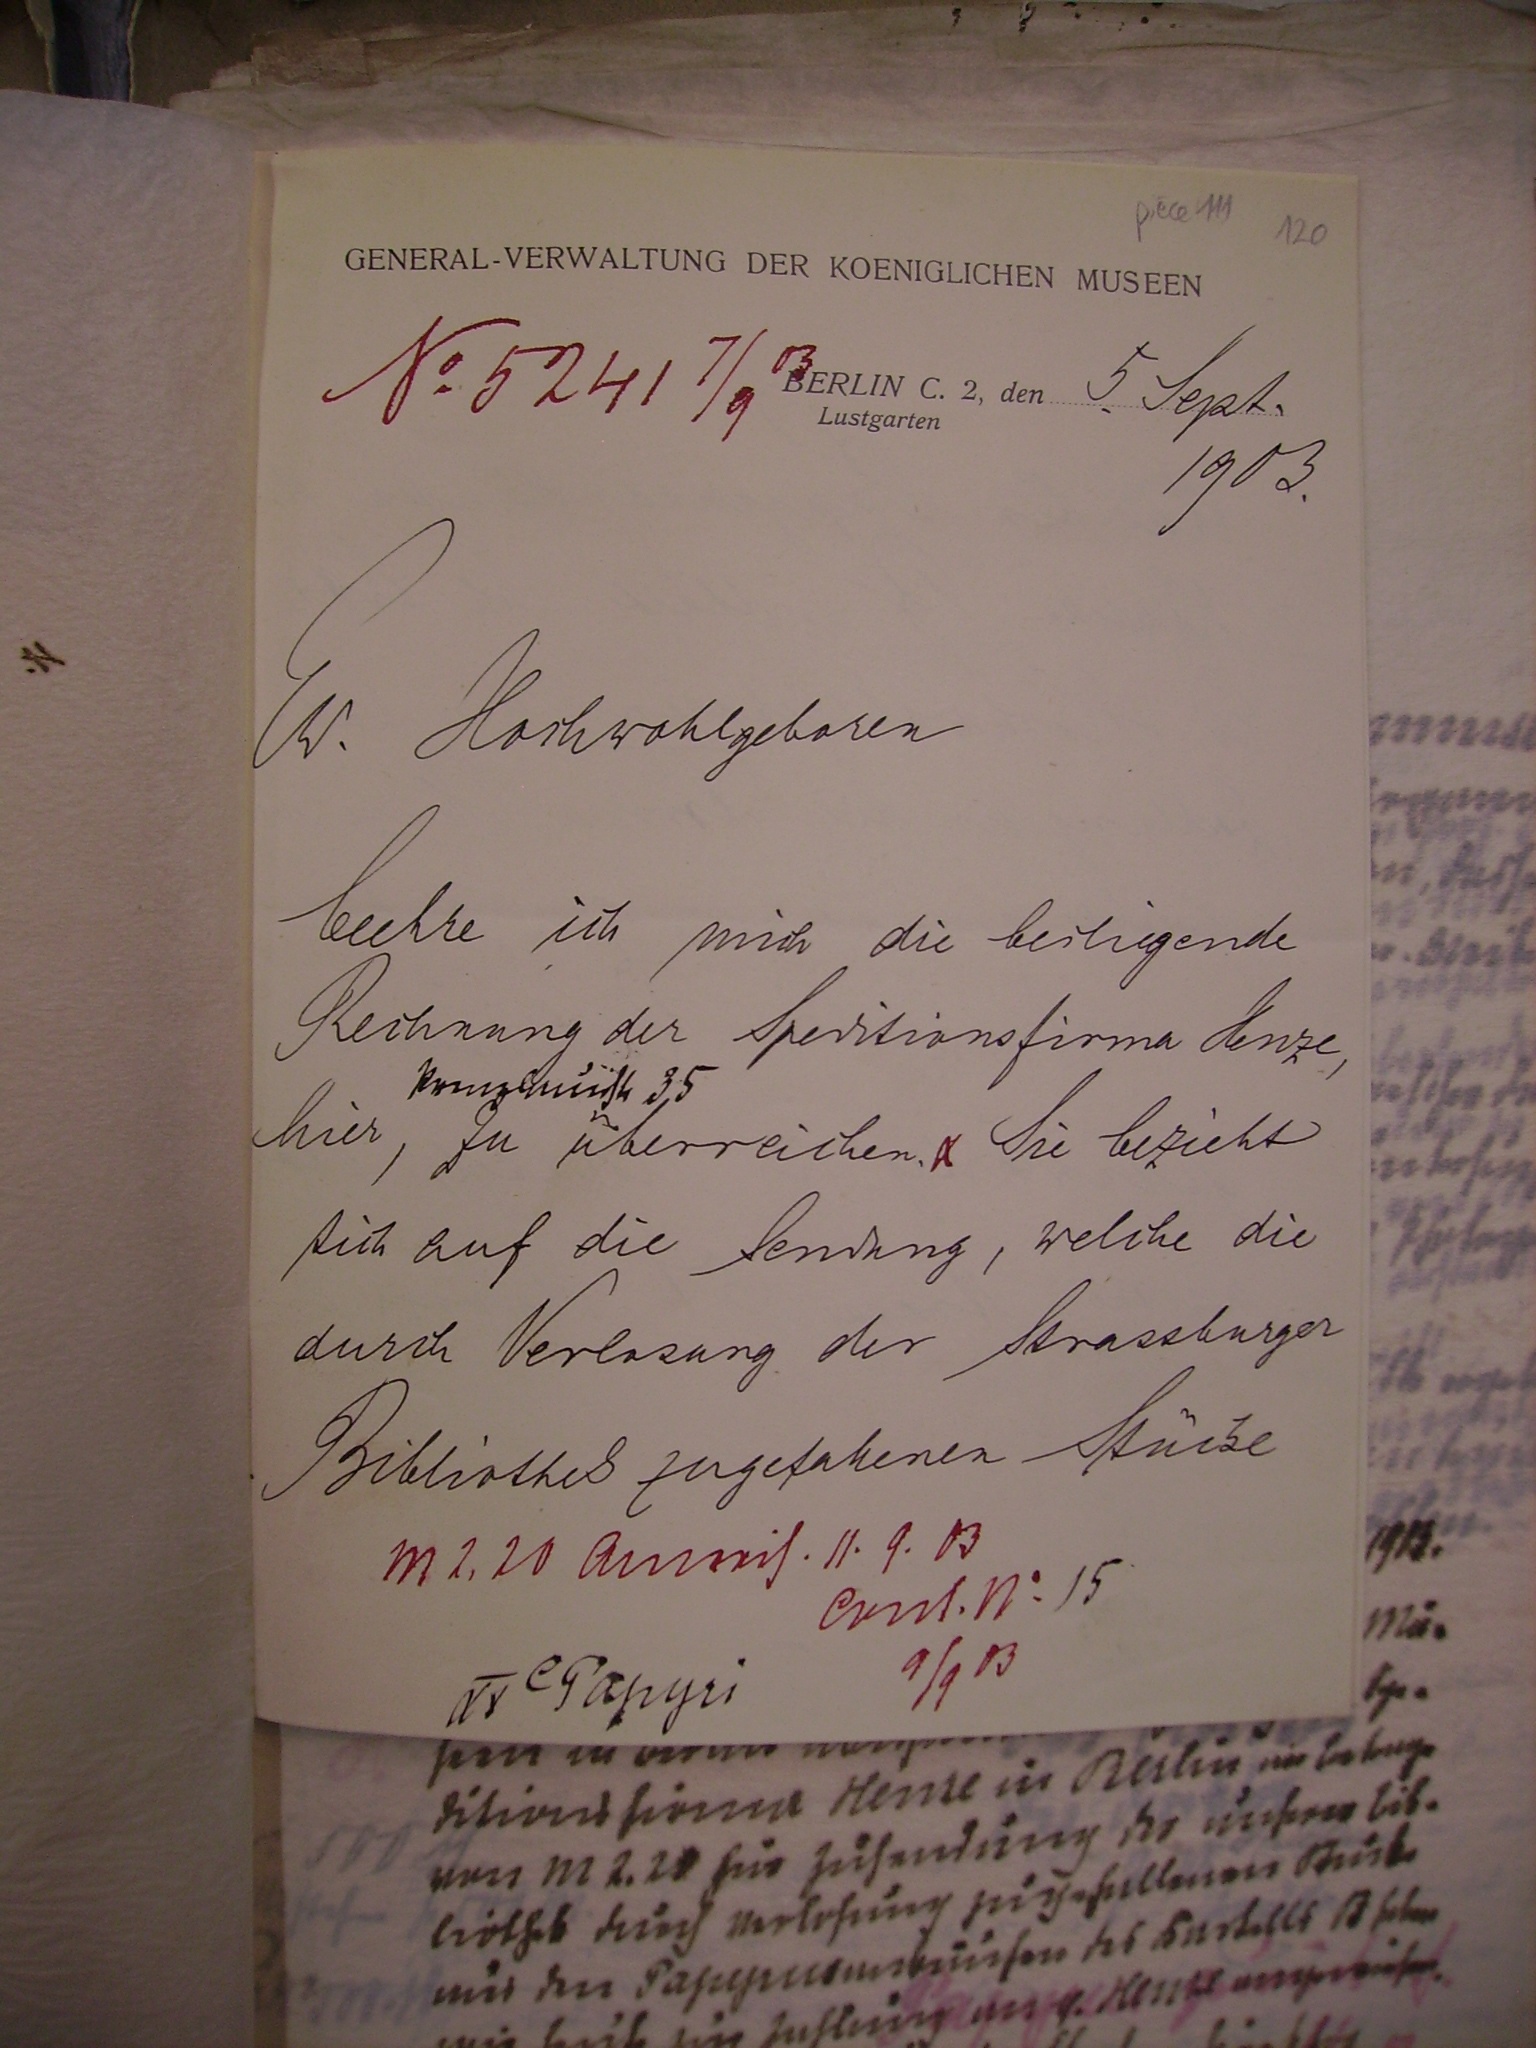
piele 111
120
GENERAL-VERWALTUNG DER KOEMGLICHEN NUSEEN
N. 82417/92
E.2 n  Sept.
Lustgarten
1923
(W. Hochwohlgeboren
beehre ich mich die besliegende
Rechnung der Speditionsfirma denze,
Prinzluiht, 35
hier, zu überrechen Sie bezieht
sich auf die Sendung, welche die
durch Verlosung der Strassburger
Bibliothel zugefahenen Stücke
M1. 10 Amrech. I1.9. 03
Crrit. N. 15
1/13
I Papye